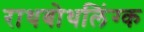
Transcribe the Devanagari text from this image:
राथबोथलिंग्क